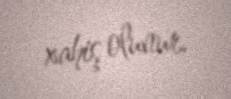
xahiş olunur.